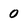
Character: 0